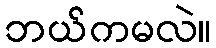
ဘယ်ကမလဲ။